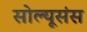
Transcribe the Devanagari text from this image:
सोल्यूसंस